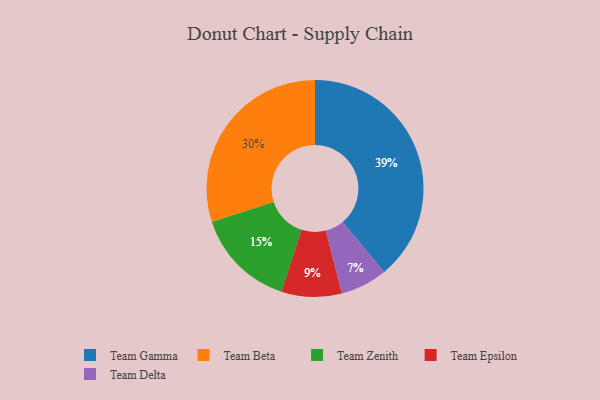
{"axis": {"x": "Category", "y": "Percentage"}, "legend": ["Team Beta", "Team Delta", "Team Epsilon", "Team Gamma", "Team Zenith"], "data": [{"x": "Team Delta", "y": 7, "type": "Team Delta"}, {"x": "Team Beta", "y": 30, "type": "Team Beta"}, {"x": "Team Zenith", "y": 15, "type": "Team Zenith"}, {"x": "Team Epsilon", "y": 9, "type": "Team Epsilon"}, {"x": "Team Gamma", "y": 39, "type": "Team Gamma"}]}